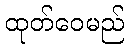
ထုတ်ဝေမည်